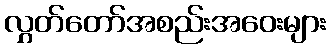
လွှတ်တော်အစည်းအဝေးများ